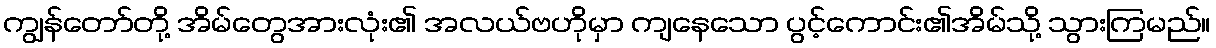
ကျွန်တော်တို့ အိမ်တွေအားလုံး၏ အလယ်ဗဟိုမှာ ကျနေသော ပွင့်ကောင်း၏အိမ်သို့ သွားကြမည်။